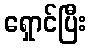
ရှောင်ပြီး